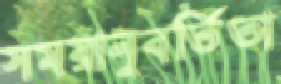
সময়ানুবর্তিতা